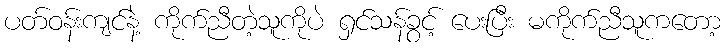
ပတ်ဝန်းကျင်နဲ့ ကိုက်ညီတဲ့သူကိုပဲ ရှင်သန်ခွင့် ပေးပြီး မကိုက်ညီသူကတော့